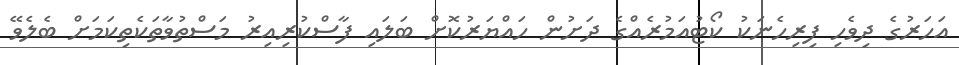
އަހަރުގެ ދިވެހި ފިރިހެނަކު ކޯޓުއަމުރެއްގެ ދަށުން ހައްޔަރުކޮށް ބަލައި ފާސްކުރިއިރު މަސްތުވާތަކެތިކަމަށް ބެލެވޭ